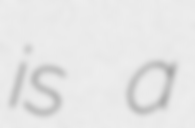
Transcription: is a